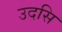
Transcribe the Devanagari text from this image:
उदसि